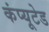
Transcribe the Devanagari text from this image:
कंप्यूटेड